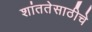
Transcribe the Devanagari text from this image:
शांततेसाठीचे